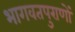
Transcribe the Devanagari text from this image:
भागवतपुराणों